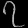
Digit: ၇